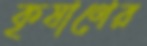
কৃষাণের